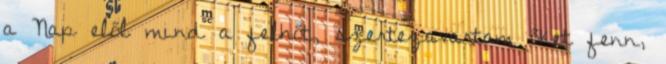
a Nap elől mind a felhőt, szertezavartam őket fenn,